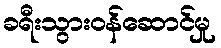
ခရီးသွားဝန်ဆောင်မှု